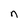
Character: n